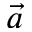
\Vec { a }